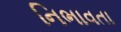
નિભાવતા